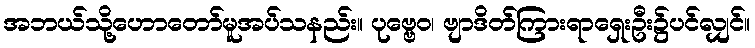
အဘယ်သို့ဟောတော်မူအပ်သနည်း။ ပုဗ္ဗေဝ၊ ဗျာဒိတ်ကြားရာရှေးဦး၌ပင်လျှင်။